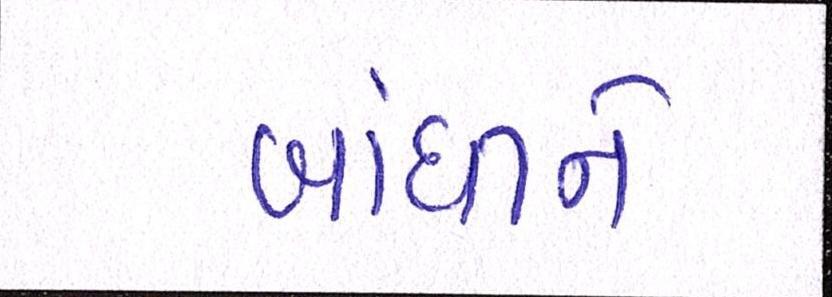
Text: બાંધીને